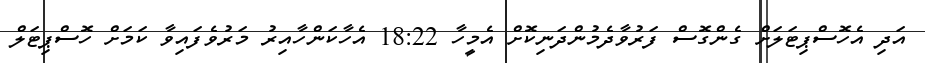
އަދި އެހޮސްޕިޓަލަށް ގެންގޮސް ފަރުވާދެމުންދަނިކޮށް އެމީހާ 18:22 އެހާކަންހާއިރު މަރުވެފައިވާ ކަމަށް ހޮސްޕިޓަލް